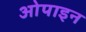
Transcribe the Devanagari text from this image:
ओपाइन